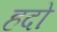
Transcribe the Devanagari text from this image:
हदो